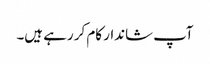
آپ شاندار کام کر رہے ہیں۔